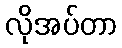
လိုအပ်တာ